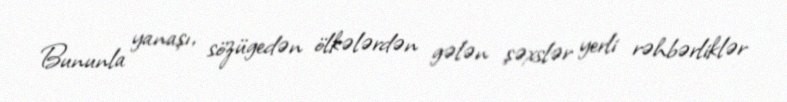
Bununla yanaşı, sözügedən ölkələrdən gələn şəxslər yerli rəhbərliklər